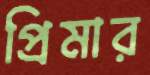
প্রিমার